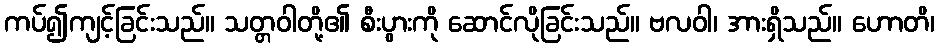
ကပ်၍ကျင့်ခြင်းသည်။ သတ္တဝါတို့၏ စီးပွားကို ဆောင်လိုခြင်းသည်။ ဗလဝါ၊ အားရှိသည်။ ဟောတိ၊